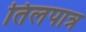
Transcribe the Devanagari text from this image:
तिलपात्र